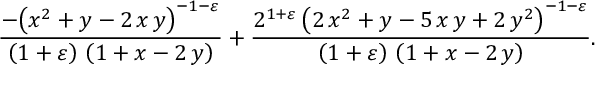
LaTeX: \frac { - { \left( x ^ { 2 } + y - 2 \, x \, y \right) } ^ { - 1 - \varepsilon } } { \left( 1 + \varepsilon \right) \, \left( 1 + x - 2 \, y \right) } + \frac { 2 ^ { 1 + \varepsilon } \, { \left( 2 \, x ^ { 2 } + y - 5 \, x \, y + 2 \, y ^ { 2 } \right) } ^ { - 1 - \varepsilon } } { \left( 1 + \varepsilon \right) \, \left( 1 + x - 2 \, y \right) } .